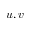
u , v